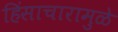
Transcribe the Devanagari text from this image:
हिंसाचारामुळे